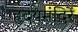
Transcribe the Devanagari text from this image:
हृदयमंदिरें